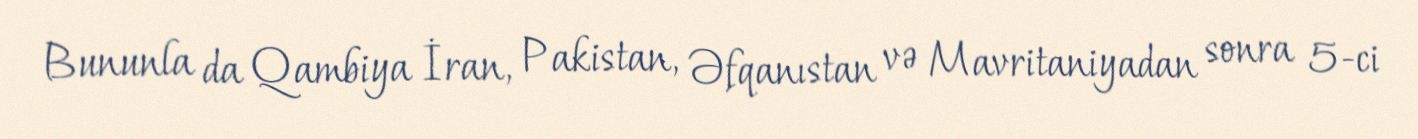
Bununla da Qambiya İran, Pakistan, Əfqanıstan və Mavritaniyadan sonra 5-ci